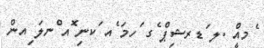
ެމއްީ .ލ ަޑރޝިޕް ެގ ަހމަ ެއ ަކނި ޮއ ްނލަ ިއން